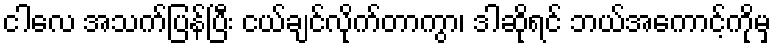
ငါလေ အသက်ပြန်ပြီး ငယ်ချင်လိုက်တာကွာ၊ ဒါဆိုရင် ဘယ်အကောင့်ကိုမှ